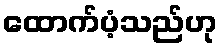
ထောက်ပံ့သည်ဟု